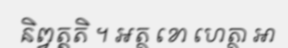
និព្វត្តតិ ។ អត្ថ ខោ ហេត្ថា ឤ